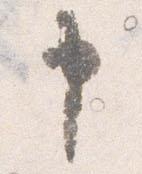
申